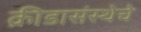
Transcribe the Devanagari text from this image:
क्रीडासंस्थेचे